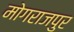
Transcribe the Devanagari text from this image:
मोगराजपुर